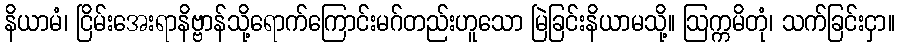
နိယာမံ၊ ငြိမ်းအေးရာနိဗ္ဗာန်သို့ရောက်ကြောင်းမဂ်တည်းဟူသော မြဲခြင်းနိယာမသို့။ ဩက္ကမိတုံ၊ သက်ခြင်းငှာ။